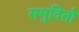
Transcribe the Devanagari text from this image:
समुदितौ